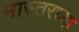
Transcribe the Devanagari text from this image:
मास्तरच्या